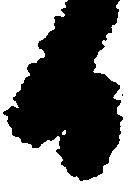
日